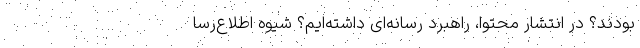
بودند؟ در انتشار محتوا، راهبرد رسانه‌ای داشته‌ایم؟ شیوه اطلاع‌رسا